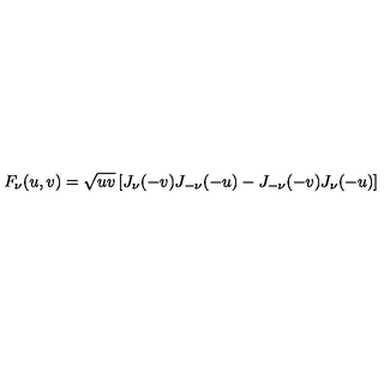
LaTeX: F _ { \nu } ( u , v ) = \sqrt { u v } \left[ J _ { \nu } ( - v ) J _ { - \nu } ( - u ) - J _ { - \nu } ( - v ) J _ { \nu } ( - u ) \right]